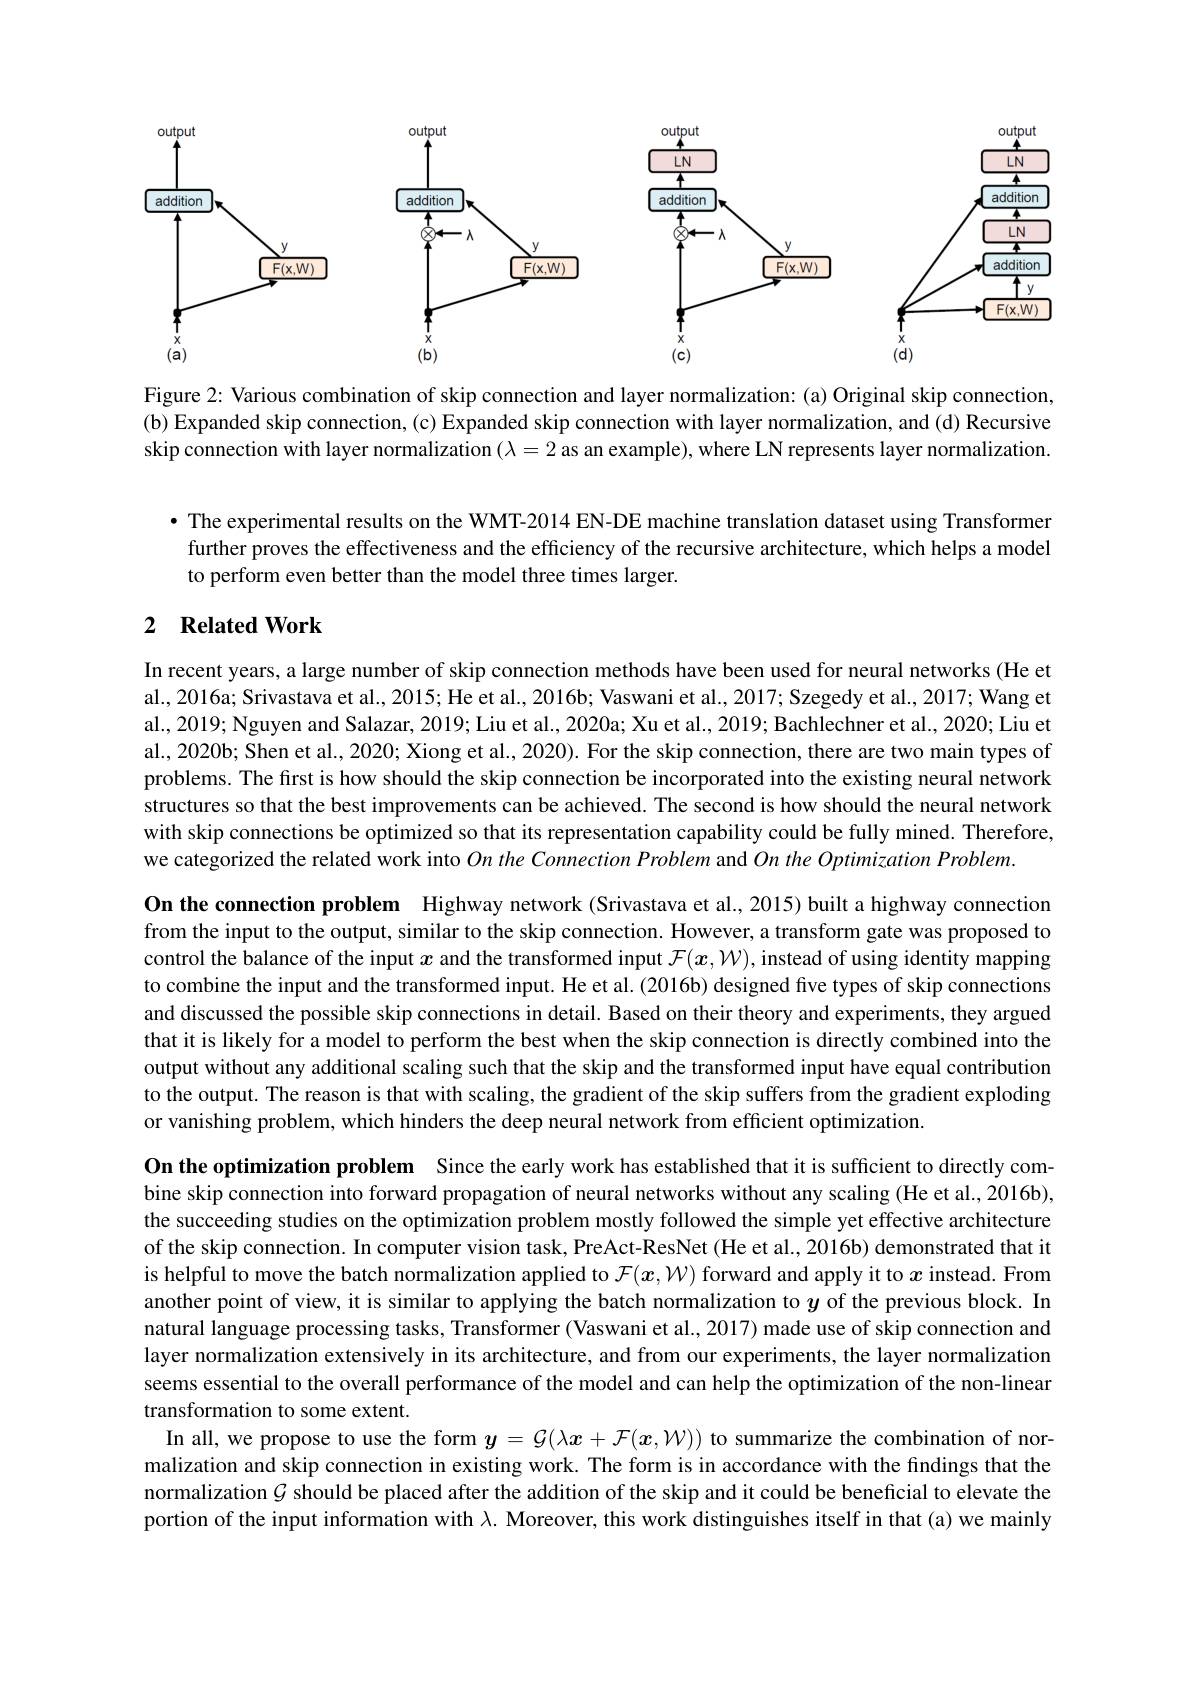
<FigureHere>

Figure 2: Various combination of skip connection and layer normalization: (a) Original skip connection (b) Expanded skip connection, (c) Expanded skip connection with layer normalization, and (d) Recursive skip connection with layer normalization $(\lambda=2$ as an example), where LN represents layer normalization.

· The experimental results on the WMT-2014 EN-DE machine translation dataset using Transformer further proves the effectiveness and the efficiency of the recursive architecture, which helps a model to perform even better than the model three times larger.

## 2 Related Work

In recent years, a large number of skip connection methods have been used for neural networks (He et al., 2016a; Srivastava et al., 2015; He et al., 2016b; Vaswani et al., 2017; Szegedy et al., 2017; Wang et al., 2019; Nguyen and Salazar, 2019; Liu et al., 2020a; Xu et al., 2019; Bachlechner et al., 2020; Liu et al., 2020b; Shen et al., 2020; Xiong et al., 2020). For the skip connection, there are two main types of problems. The first is how should the skip connection be incorporated into the existing neural network structures so that the best improvements can be achieved. The second is how should the neural network with skip connections be optimized so that its representation capability could be fully mined. Therefore, we categorized the related work into $On$ the Connection Problem and On the Optimization Problem.

On the connection problem Highway network (Srivastava et al.,2015) built a highway connection from the input to the output, similar to the skip connection. However, a transform gate was proposed to control the balance of the input $x$ and the transformed input $\mathcal{F}(x,\mathcal{W})$, instead of using identity mapping to combine the input and the transformed input. He et al. (2016b) designed five types of skip connections and discussed the possible skip connections in detail. Based on their theory and experiments, they argued that it is likely for a model to perform the best when the skip connection is directly combined into the output without any additional scaling such that the skip and the transformed input have equal contribution to the output. The reason is that with scaling, the gradient of the skip suffers from the gradient exploding or vanishing problem, which hinders the deep neural network from efficient optimization.

On the optimization problem Since the early work has established that it is sufficient to directly combine skip connection into forward propagation of neural networks without any scaling (He et al., 2016b), the succeeding studies on the optimization problem mostly followed the simple yet effective architecture of the skip connection. In computer vision task, PreAct-ResNet (He et al., 2016b) demonstrated that it is helpful to move the batch normalization applied to $\mathcal{F}(x,\mathcal{W})$ forward and apply it to $x$ instead. From another point of view, it is similar to applying the batch normalization to $y$ of the previous block. In natural language processing tasks, Transformer (Vaswani et al., 2017) made use of skip connection and layer normalization extensively in its architecture, and from our experiments, the layer normalization seems essential to the overall performance of the model and can help the optimization of the non-linear transformation to some extent.
In all, we propose to use the form $y=\mathcal{G}(\lambda x+\mathcal{F}(x,\mathcal{N}))$ to summarize the combination of normalization and skip connection in existing work. The form is in accordance with the findings that the normalization $\mathcal{G}$ should be placed after the addition of the skip and it could be beneficial to elevate the portion of the input information with $\lambda$. Moreover, this work distinguishes itself in that (a) we mainly